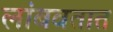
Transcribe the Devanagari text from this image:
लांबवतात